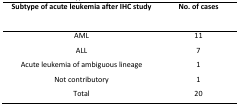
<table><thead><tr><td><b>Subtype of acute leukemia after IHC study</b></td><td><b>No. of cases</b></td></tr></thead><tbody><tr><td>AML</td><td>11</td></tr><tr><td>ALL</td><td>7</td></tr><tr><td>Acute leukemia of ambiguous lineage</td><td>1</td></tr><tr><td>Not contributory</td><td>1</td></tr><tr><td>Total</td><td>20</td></tr></tbody></table>